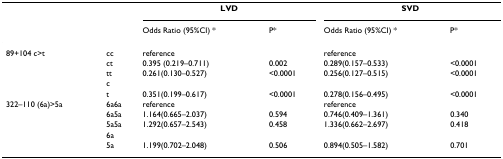
<table><thead><tr><td></td><td></td><td colspan="2"><b>LVD</b></td><td colspan="2"><b>SVD</b></td></tr><tr><td></td><td></td><td><b>Odds Ratio (95%CI) *</b></td><td><b>P*</b></td><td><b>Odds Ratio (95%CI) *</b></td><td><b>P*</b></td></tr></thead><tbody><tr><td>89+104 c&gt;t</td><td>cc</td><td>reference</td><td></td><td>reference</td><td></td></tr><tr><td></td><td>ct</td><td>0.395 (0.219–0.711)</td><td>0.002</td><td>0.289(0.157–0.533)</td><td>&lt;0.0001</td></tr><tr><td></td><td>tt</td><td>0.261(0.130–0.527)</td><td>&lt;0.0001</td><td>0.256(0.127–0.515)</td><td>&lt;0.0001</td></tr><tr><td></td><td>c</td><td></td><td></td><td></td><td></td></tr><tr><td></td><td>t</td><td>0.351(0.199–0.617)</td><td>&lt;0.0001</td><td>0.278(0.156–0.495)</td><td>&lt;0.0001</td></tr><tr><td>322–110 (6a)&gt;5a</td><td>6a6a</td><td>reference</td><td></td><td>reference</td><td></td></tr><tr><td></td><td>6a5a</td><td>1.164(0.665–2.037)</td><td>0.594</td><td>0.746(0.409–1.361)</td><td>0.340</td></tr><tr><td></td><td>5a5a</td><td>1.292(0.657–2.543)</td><td>0.458</td><td>1.336(0.662–2.697)</td><td>0.418</td></tr><tr><td></td><td>6a</td><td></td><td></td><td></td><td></td></tr><tr><td></td><td>5a</td><td>1.199(0.702–2.048)</td><td>0.506</td><td>0.894(0.505–1.582)</td><td>0.701</td></tr></tbody></table>